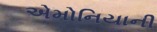
એમોનિયાની